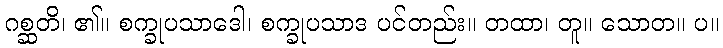
ဂစ္ဆတိ၊ ၏။ စက္ခုပသာဒေါ၊ စက္ခုပသာဒ ပင်တည်း။ တထာ၊ တူ။ သောတ။ ပ။